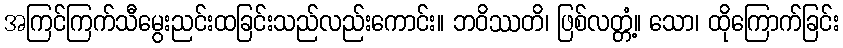
အကြင်ကြက်သီမွေးညင်းထခြင်းသည်လည်းကောင်း။ ဘဝိဿတိ၊ ဖြစ်လတ္တံ့။ သော၊ ထိုကြောက်ခြင်း